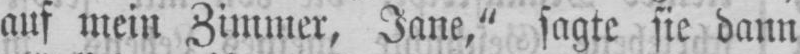
auf mein Zimmer, Jane,“ sagte sie dann